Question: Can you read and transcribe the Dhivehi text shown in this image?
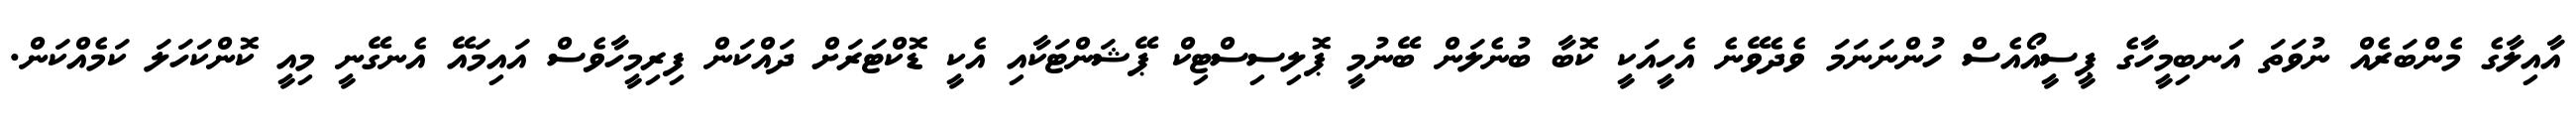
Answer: އާއިލާގެ މެންބަރެއް ނުވަތަ އަނބިމީހާގެ ޕީސީއޯއެސް ހުންނަނަމަ ވެދެވޭނެ އެހީއަކީ ކޮބާ ބުނެލަން ބޭނުމީ ޕޮލިސިސްޓިކް ޕޭޝަންޓަކާއި އެކީ ޑޮކްޓަރަށް ދައްކަން ފިރިމީހާވެސް އައިމައޭ އެނގޭނީ މިއީ ކޮންކަހަލަ ކަމެއްކަން.